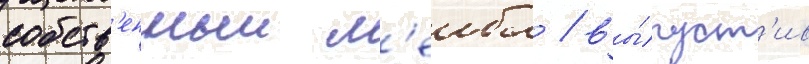
собств'енныи л'еибл / вы́пуст'ив